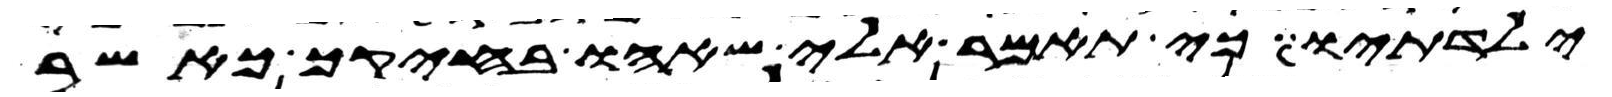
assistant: ילדתיו כי תאמר אלי שאהו בחיקך כאשר